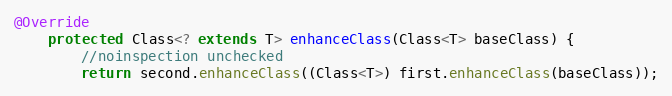
Language: Java
@Override
    protected Class<? extends T> enhanceClass(Class<T> baseClass) {
        //noinspection unchecked
        return second.enhanceClass((Class<T>) first.enhanceClass(baseClass));